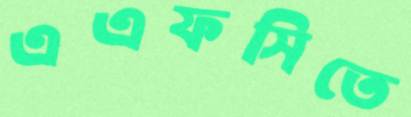
এএফসিতে